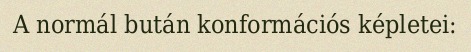
A normál bután konformációs képletei: